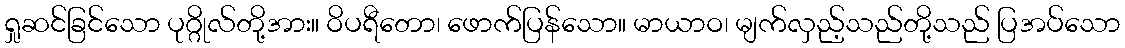
ရှုဆင်ခြင်သော ပုဂ္ဂိုလ်တို့အား။ ဝိပရီတော၊ ဖောက်ပြန်သော။ မာယာဝ၊ မျက်လှည့်သည်တို့သည် ပြအပ်သော